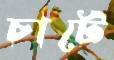
চার্টে